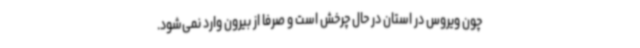
چون ویروس در استان در حال چرخش است و صرفاً از بیرون وارد نمی‌شود.